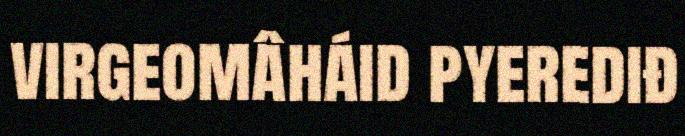
virgeomâháid pyerediđ